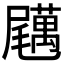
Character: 𡳱